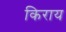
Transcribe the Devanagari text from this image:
किराय